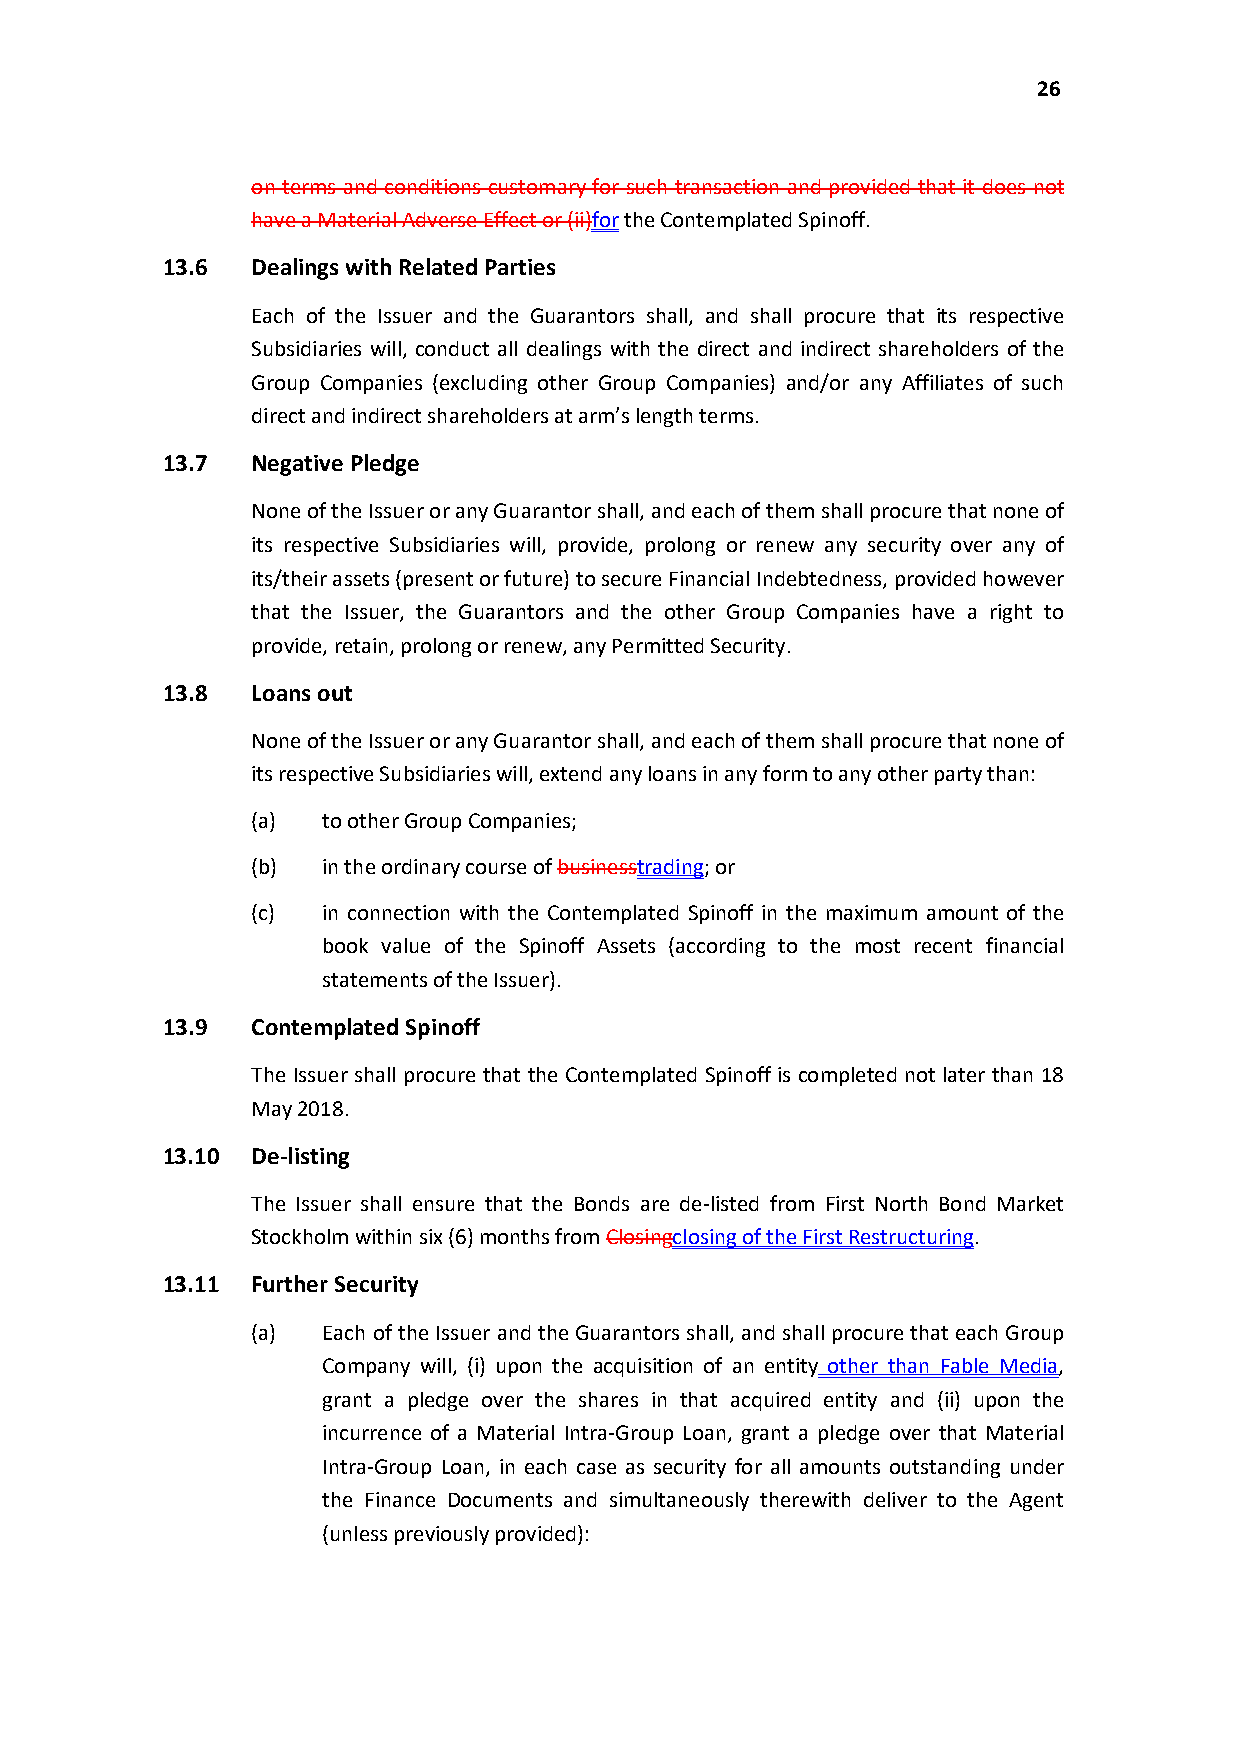
26
 on terms and conditions customary for such transaction and provided that it does not
 have a Material Adverse Effect or(ii)forthe Contemplated Spinoff.
 13.6  Dealings with Related Parties
 Each of the Issuer and the Guarantors shall, and shall procure that its respective
 Subsidiaries will, conduct all dealings with the direct and indirect shareholders of the
 Group Companies (excluding other Group Companies) and/or any Affiliates of such
 direct and indirect shareholders at arm’s length terms.
 13.7  Negative Pledge
 None of the Issuer or any Guarantor shall, and each of them shall procure that none of
 its respective Subsidiaries will, provide, prolong or renew any security over any of
 its/their assets (present or future) to secure Financial Indebtedness, provided however
 that the Issuer, the Guarantors and the other Group Companies have a right to
 provide, retain, prolong orrenew, any Permitted Security.
 13.8  Loans out
 None of the Issuer or any Guarantor shall, and each of them shall procure that none of
 its respective Subsidiaries will, extend any loans in any form to any other party than:
 (a) to other Group Companies;
 (b) in the ordinary course of businesstrading; or
 (c) in connection with the Contemplated Spinoff in the maximum amount of the
 book value of the Spinoff Assets (according to the most recent financial
 statements of the Issuer).
 13.9  Contemplated Spinoff
 The Issuer shall procure that the Contemplated Spinoff is completed not later than 18
 May 2018.
 13.10 De-listing
 The Issuer shall ensure that the Bonds are de-listed from First North Bond Market
 Stockholm within six (6)months from Closingclosingof the First Restructuring.
 13.11 Further Security
 (a) Each of the Issuer and the Guarantors shall, and shall procure that each Group
 Company will, (i) upon the acquisition of an entity other than Fable Media,
 grant a pledge over the shares in that acquired entity and (ii) upon the
 incurrence of a Material Intra-Group Loan, grant a pledge over that Material
 Intra-Group Loan, in each case as security for all amounts outstanding under
 the Finance Documents and simultaneously therewith deliver to the Agent
 (unless previously provided):